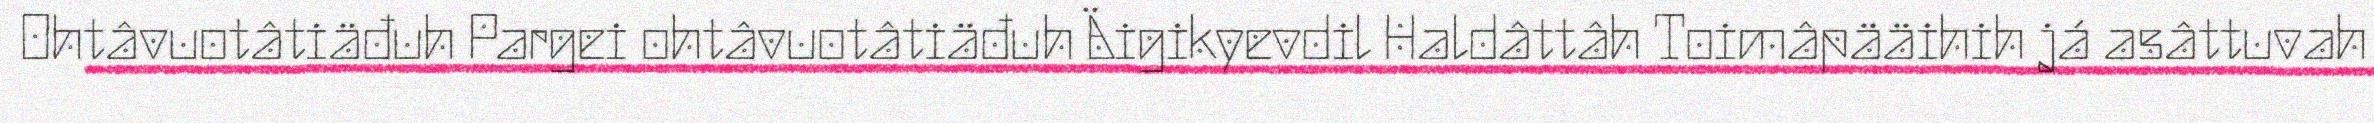
Ohtâvuotâtiäđuh Pargei ohtâvuotâtiäđuh Äigikyevdil Haldâttâh Toimâpääihih já asâttuvah